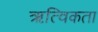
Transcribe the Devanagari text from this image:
ऋत्विकता